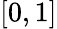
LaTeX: \left[0,1\right]